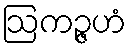
ဩကဉ္ဇဟံ